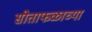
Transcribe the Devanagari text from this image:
सीताफळाच्या